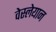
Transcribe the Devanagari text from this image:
वेस्लेयान